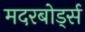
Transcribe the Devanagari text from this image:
मदरबोर्ड्स